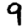
Digit: 9